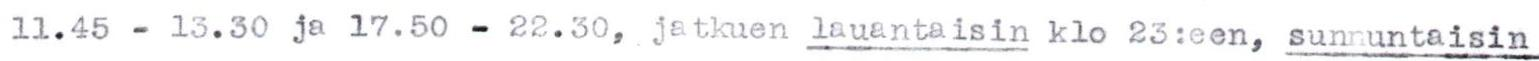
11.45 - 13.30 ja 17.50 - 22.30, jatkuen lauantaisin klo 23:een, sunnuntaisin